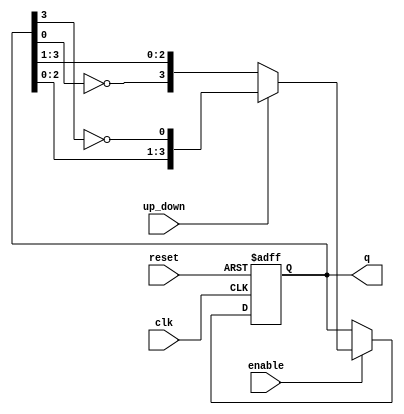
module johnson_counter #(
    parameter n = 4  // Number of bits for the counter
)(
    input wire clk,          // Clock input
    input wire reset,        // Asynchronous reset
    input wire up_down,      // Control signal: 1 for up, 0 for down
    input wire enable,       // Enable signal
    output reg [n-1:0] q     // Counter output
);

// Internal register to hold the current state
reg [n-1:0] state;

// Asynchronous reset logic
always @(posedge clk or posedge reset) begin
    if (reset) begin
        state <= 0;  // Reset state to 0
    end else if (enable) begin
        if (up_down) begin
            // Counting up (Johnson Counter Logic)
            state <= {state[n-2:0], ~state[n-1]};
        end else begin
            // Counting down (Reverse Johnson Counter Logic)
            state <= {~state[0], state[n-1:1]};
        end
    end
end

// Assign the current state to the output
always @(state) begin
    q <= state;
end

endmodule